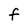
Character: F